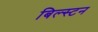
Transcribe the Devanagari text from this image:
बिल्स्टन